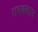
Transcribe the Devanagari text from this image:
रामबलराम